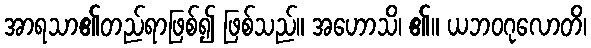
အာရသာ၏တည်ရာဖြစ်၍ ဖြစ်သည်။ အဟောသိ၊ ၏။ ယဘဝဂုလောတိ၊